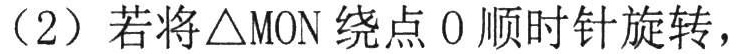
（2）若将$\triangle \mathrm{MON}$绕点$\mathrm{O}$顺时针旋转，